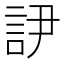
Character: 𲁥